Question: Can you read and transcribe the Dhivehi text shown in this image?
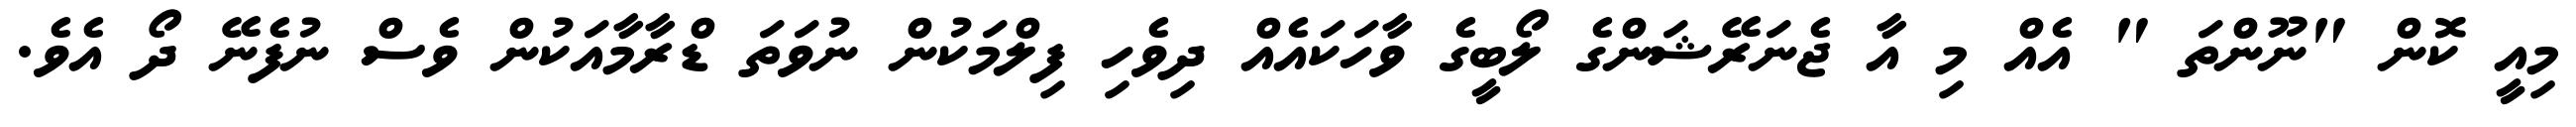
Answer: މިއީ ކޮން "ނޫންތަ " އެއް މި އާ ޖެނަރޭޝަންގެ ލޯބީގެ ވާހަކައެއް ދިވެހި ފިލްމަކުން ނުވަތަ ޑްރާމާއަކުން ވެސް ނުފެނޭ ދޯ އެވެ.